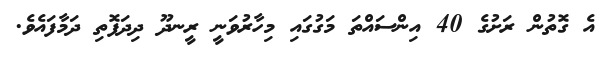
އެ ގޮތުން ރަށުގެ 40 އިންސައްތަ މަގުގައި މިހާރުވަނީ ރީނދޫ ދިދަފޮތި ދަމާފައެވެ.